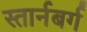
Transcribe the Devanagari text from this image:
स्तार्नबर्ग